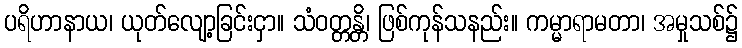
ပရိဟာနာယ၊ ယုတ်လျော့ခြင်းငှာ။ သံဝတ္တန္တိ၊ ဖြစ်ကုန်သနည်း။ ကမ္မာရာမတာ၊ အမှုသစ်၌